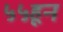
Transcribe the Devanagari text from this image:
५५हून